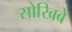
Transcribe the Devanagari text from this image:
सोखिबे